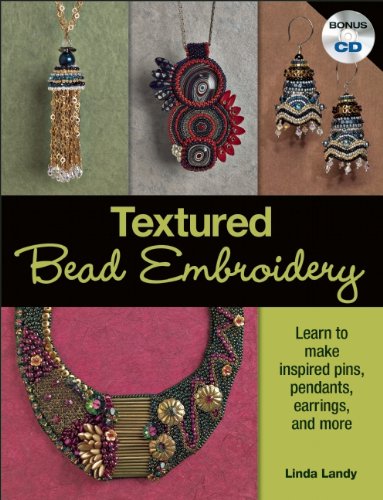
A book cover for Textured Bead Embroidery: Learn to Make Inspired Pins, Pendants, Earrings, and More; Linda Landy; Crafts, Hobbies & Home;